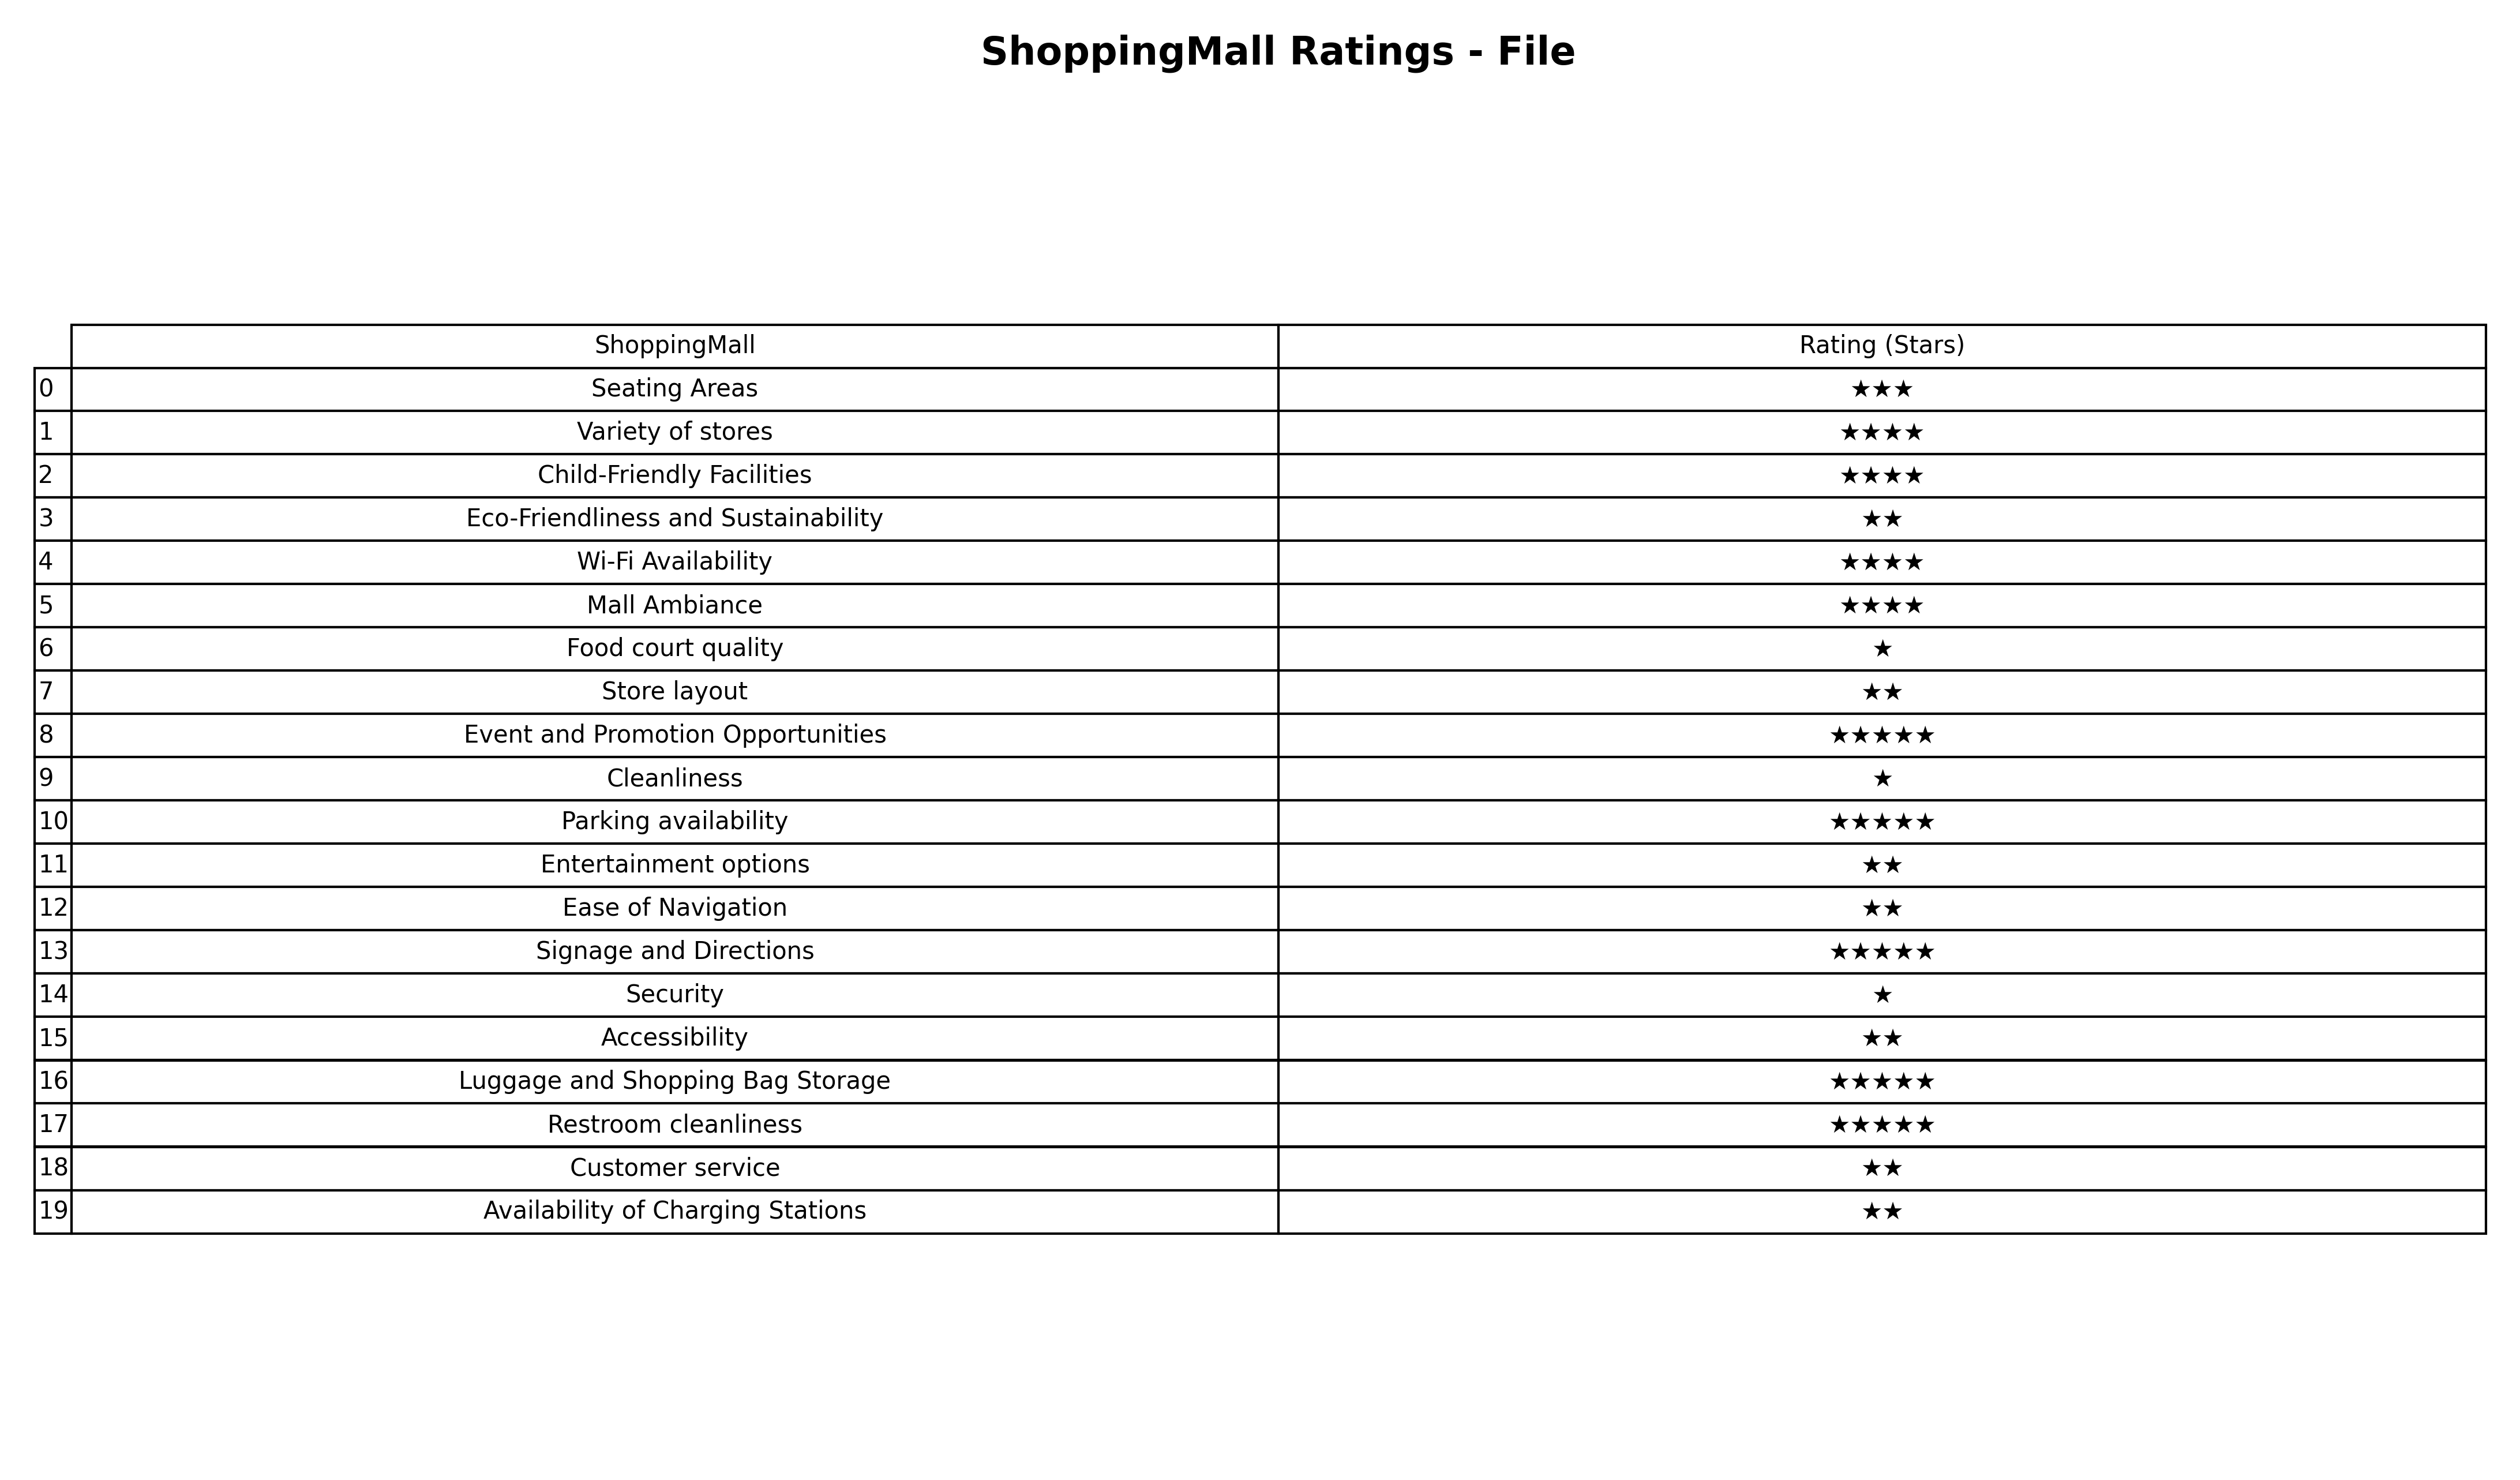
question: What are highest rating services?
answer: Eco-Friendliness and SustainabilityStore layoutEntertainment optionsEase of NavigationAccessibilityCustomer serviceAvailability of Charging Stations